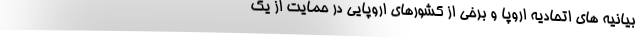
بیانیه های اتحادیه اروپا و برخی از کشورهای اروپایی در حمایت از یک